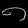
Digit: ၈